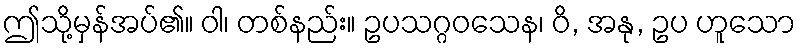
ဤသို့မှန်အပ်၏။ ဝါ၊ တစ်နည်း။ ဥပသဂ္ဂဝသေန၊ ဝိ, အနု, ဥပ ဟူသော